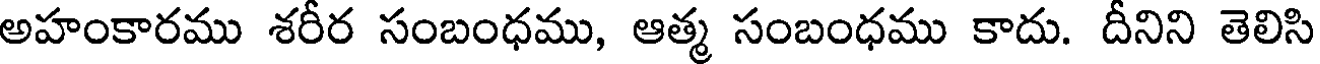
అహంకారము శరీర సంబంధము, ఆత్మ సంబంధము కాదు. దీనిని తెలిసి